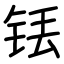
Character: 铥